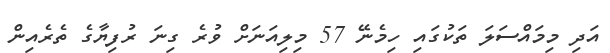
އަދި މިމައްސަލަ ތަކުގައި ހިމެނޭ 57 މިލިއަނަށް ވުރެ ގިނަ ރުފިޔާގެ ތެރެއިން